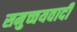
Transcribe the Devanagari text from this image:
समुच्चयवादी